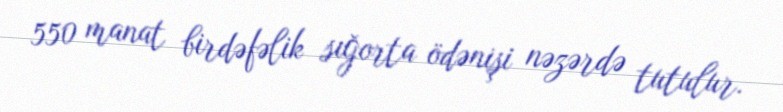
550 manat birdəfəlik sığorta ödənişi nəzərdə tutulur.